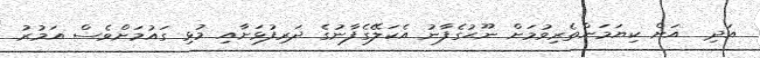
އަދި  އަށް ކިޔަމަންތެރިވުމަށް ނޫޙުގެފާނު އެކަލޭގެފާނުގެ ދަރިފުޅަށާއި މުޅި ގައުމަށްވެސް އަމުރު